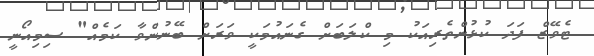
ޓެވޭޒް ފަދަ ކުޅުންތެރިއަކު މި ކްލަބަށް ގެނައުމަކީ ވަރަށް ބޭނުންވާ ކަމެއް" ސިމިއޯނީ